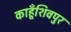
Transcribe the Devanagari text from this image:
काहूँशिवपुर